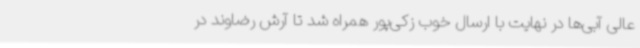
عالی آبی‌ها در نهایت با ارسال خوب زکی‌پور همراه شد تا آرش رضاوند در